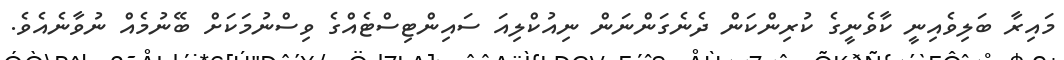
މައިރާ ބަލިވެއިނީ ކާވެނީގެ ކުރިންކަން ދެނެގަންނަން ނިއުކްލިއަ ސައިންޓިސްޓެއްގެ ވިސްނުމަކަށް ބޭނުމެއް ނުވާނެއެވެ.